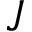
J